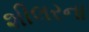
શીલરના